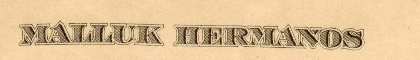
MALLUK HERMANOS